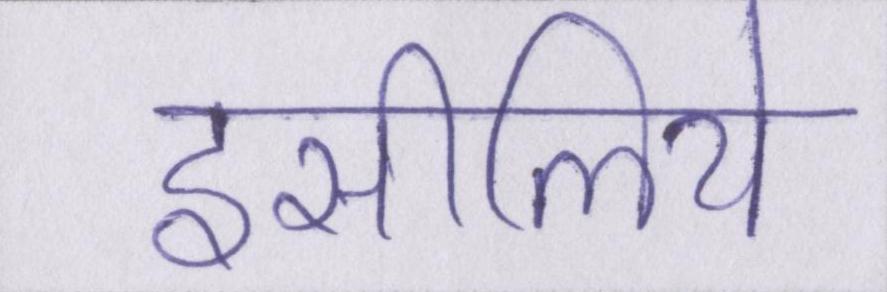
इसीलिये